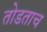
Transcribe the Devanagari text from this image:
तोडताच